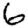
Digit: 6